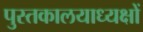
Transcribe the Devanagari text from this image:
पुस्तकालयाध्यक्षों